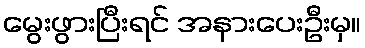
မွေးဖွားပြီးရင် အနားပေးဦးမှ။